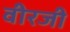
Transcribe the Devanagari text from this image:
वीरजी